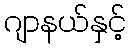
ဂျာနယ်နှင့်